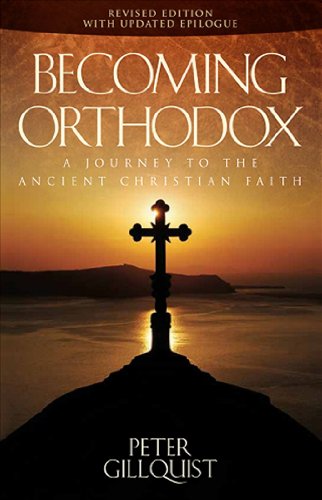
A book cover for Becoming Orthodox: A Journey to the Ancient Christian Faith; Peter E. Gillquist; Christian Books & Bibles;